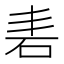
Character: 砉